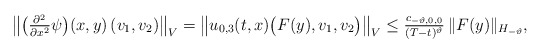
\begin{align*}& \big\| \big(\tfrac{ \partial^2 }{ \partial x^2 } \psi\big)( x, y ) \, ( v_1, v_2 ) \big\|_V= \left\| u_{0,3}( t, x ) \big( F( y ), v_1, v_2 \big) \right\|_V\leq \tfrac{ c_{ -\vartheta, 0, 0 } }{ ( T - t )^{ \vartheta } } \, \| F( y ) \|_{ H_{ -\vartheta } },\end{align*}